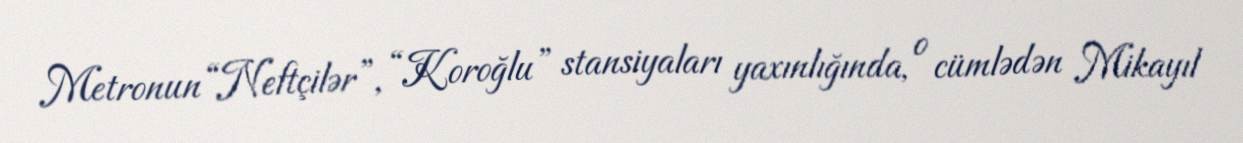
Metronun “Neftçilər”, “Koroğlu” stansiyaları yaxınlığında, o cümlədən Mikayıl